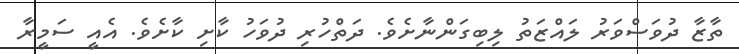
ތާޒާ ދުވަސްވަރު ލައްޒަތު ލިބިގަންނާށެވެ. ދަތްހުރި ދުވަހު ކާށި ކާށެވެ. އެއީ ސަމީރާ